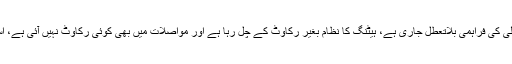
متعدد غیرملکی نیٹ صارفین نے تبصرہ کرتے ہوئے کہا ہے کہ چین کے مختلف علاقوں میں پانی اور بجلی کی فراہمی بلاتعطل جاری ہے، ہیٹنگ کا نظام بغیر رکاوٹ کے چل رہا ہے اور مواصلات میں بھی کوئی رکاوٹ نہیں آئی ہے، اسی طرح ضروریات زندگی کی فراہمی مسلسل جارہی ہے اور سماجی نظم و نسق مستحکم اور برقرار ہے۔